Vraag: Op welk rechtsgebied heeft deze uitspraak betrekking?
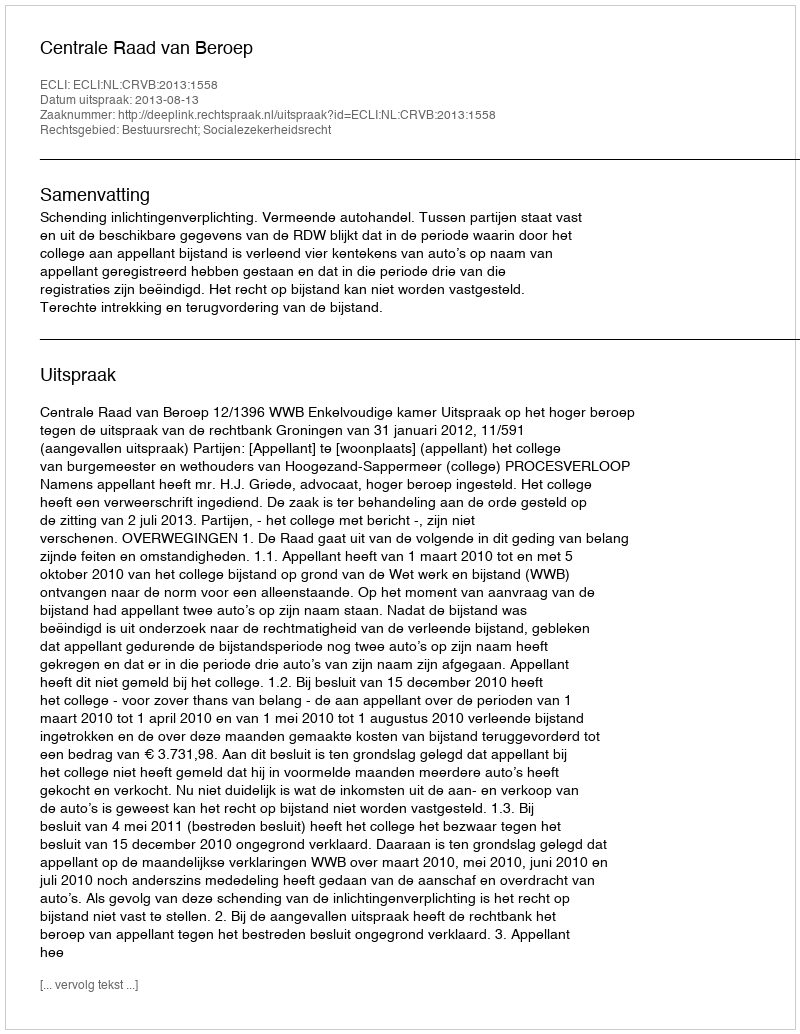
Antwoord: Bestuursrecht; Socialezekerheidsrecht